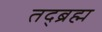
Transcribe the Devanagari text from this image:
तद्ब्रह्म